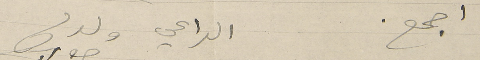
اجمع. الداعي ولدكم